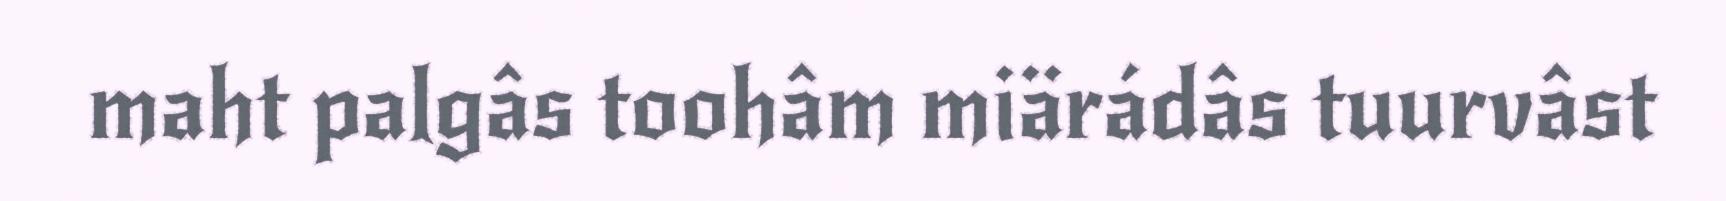
maht palgâs toohâm miärádâs tuurvâst